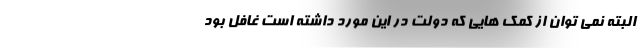
البته نمی توان از کمک هایی که دولت در این مورد داشته است غافل بود